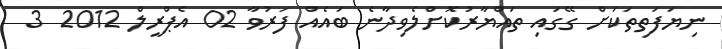
ނިޔަފަތިތަކަށް ގޭގައި ތައްޔާރުކޮށްލެވިދާނެ ބައެއް ފަރުވާ 02 އެޕްރީލް 2012 3